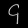
Digit: ၄